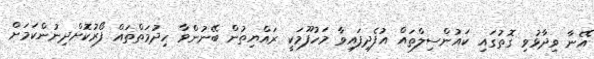
އޭނާ ވިދާޅުވި ގޮތުގައި ކައުންސިލްތައް އުފެދިފައިވާ މަހުފޫމަކީ ރައްޔިތުން ބޭނުންވާ ހިދުމަތްތައް ފޯރުކޮށްދިނުންކަމަށް